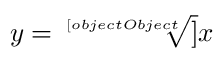
y = { \sqrt [ [object Object] ] { x } }